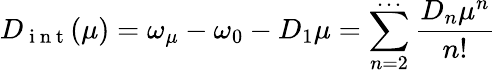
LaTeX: D_{\mathrm{~i~n~t~}}(\mu)=\omega_{\mu}-\omega_{0}-D_{1}\mu=\sum_{n=2}^{\cdots}\frac{D_{n}\mu^{n}}{n!}